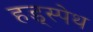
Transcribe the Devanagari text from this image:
हड्स्पेथ